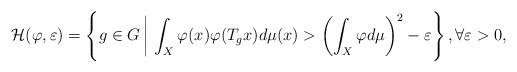
LaTeX: \begin{gather*}\mathcal{H}(\varphi,\varepsilon)=\left\{g\in G\,\bigg{|}\,\int_X\varphi(x)\varphi(T_gx)d\mu(x)>\left(\int_X\varphi d\mu\right)^2-\varepsilon\right\},\forall \varepsilon>0,\end{gather*}